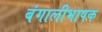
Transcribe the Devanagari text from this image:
बंगालीभाषक